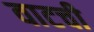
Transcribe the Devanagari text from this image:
वाटची